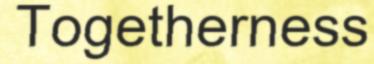
Togetherness